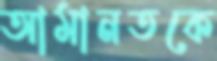
আমানতকে